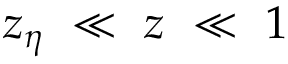
z _ { \eta } ~ \ll ~ z ~ \ll ~ 1